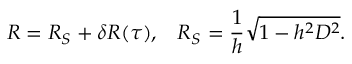
R = R _ { S } + \delta R ( \tau ) , \; \; \; R _ { S } = \frac { 1 } { h } \sqrt { 1 - h ^ { 2 } D ^ { 2 } } .